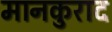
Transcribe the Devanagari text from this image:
मानकुराद